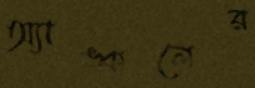
অ্যাঙ্কলের